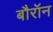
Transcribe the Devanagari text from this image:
बौरॉन